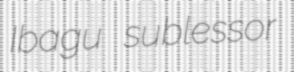
Ibagu sublessor